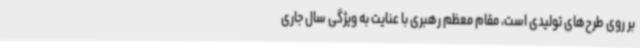
بر روی طرح‌های تولیدی است، مقام معظم رهبری با عنایت به ویژگی سال جاری